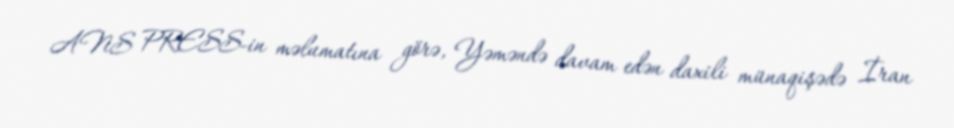
ANS PRESS-in məlumatına görə, Yəməndə davam edən daxili münaqişədə İran